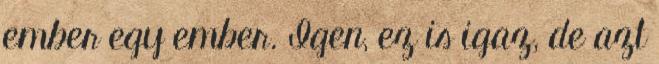
ember egy ember. Igen, ez is igaz, de azt